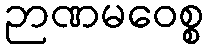
ဉာဏမဝေစ္စ